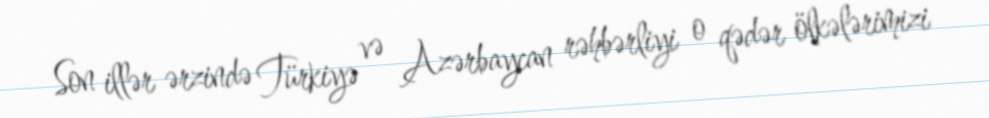
Son illər ərzində Türkiyə və Azərbaycan rəhbərliyi o qədər ölkələrimizi